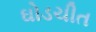
ઘોડચીત